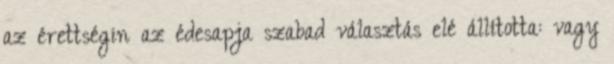
az érettségin az édesapja szabad választás elé állította: vagy